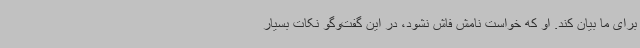
برای ما بیان کند. او که خواست نامش فاش نشود، در این گفت‌وگو نکات بسیار